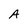
Character: A